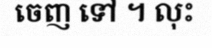
ចេញ ទៅ ។ លុះ